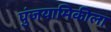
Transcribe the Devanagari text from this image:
पुंजयामिकीला